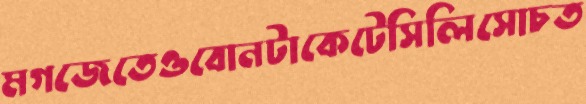
মগজেতেওবোনটাকেটেসিলিসোচত